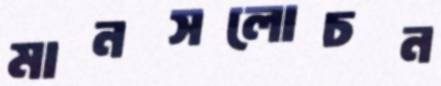
মানসলোচন